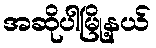
အဆိုပါမြို့နယ်